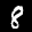
Label: 8